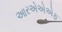
આરએએએફ